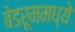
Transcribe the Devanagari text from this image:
बेडरूममध्ये